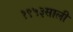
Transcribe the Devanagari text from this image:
१९५३साली